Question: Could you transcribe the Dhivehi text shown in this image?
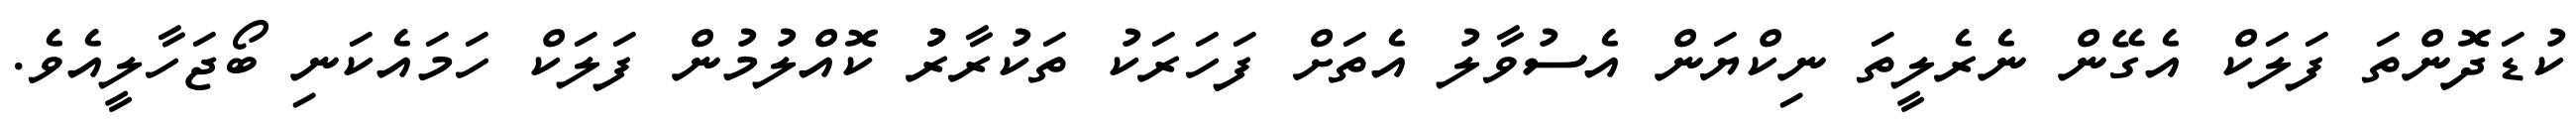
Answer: ކުޑަދޮންތަ ފަލަކް އެގޭން ނެރެލީތަ ނިކްޔަން އެސުވާލު އެތަށް ފަހަރަކު ތަކުރާރުު ކޮއްލުމުން ފަލަކް ހަމައެކަނި ބޯޖަހާލީއެވެ.